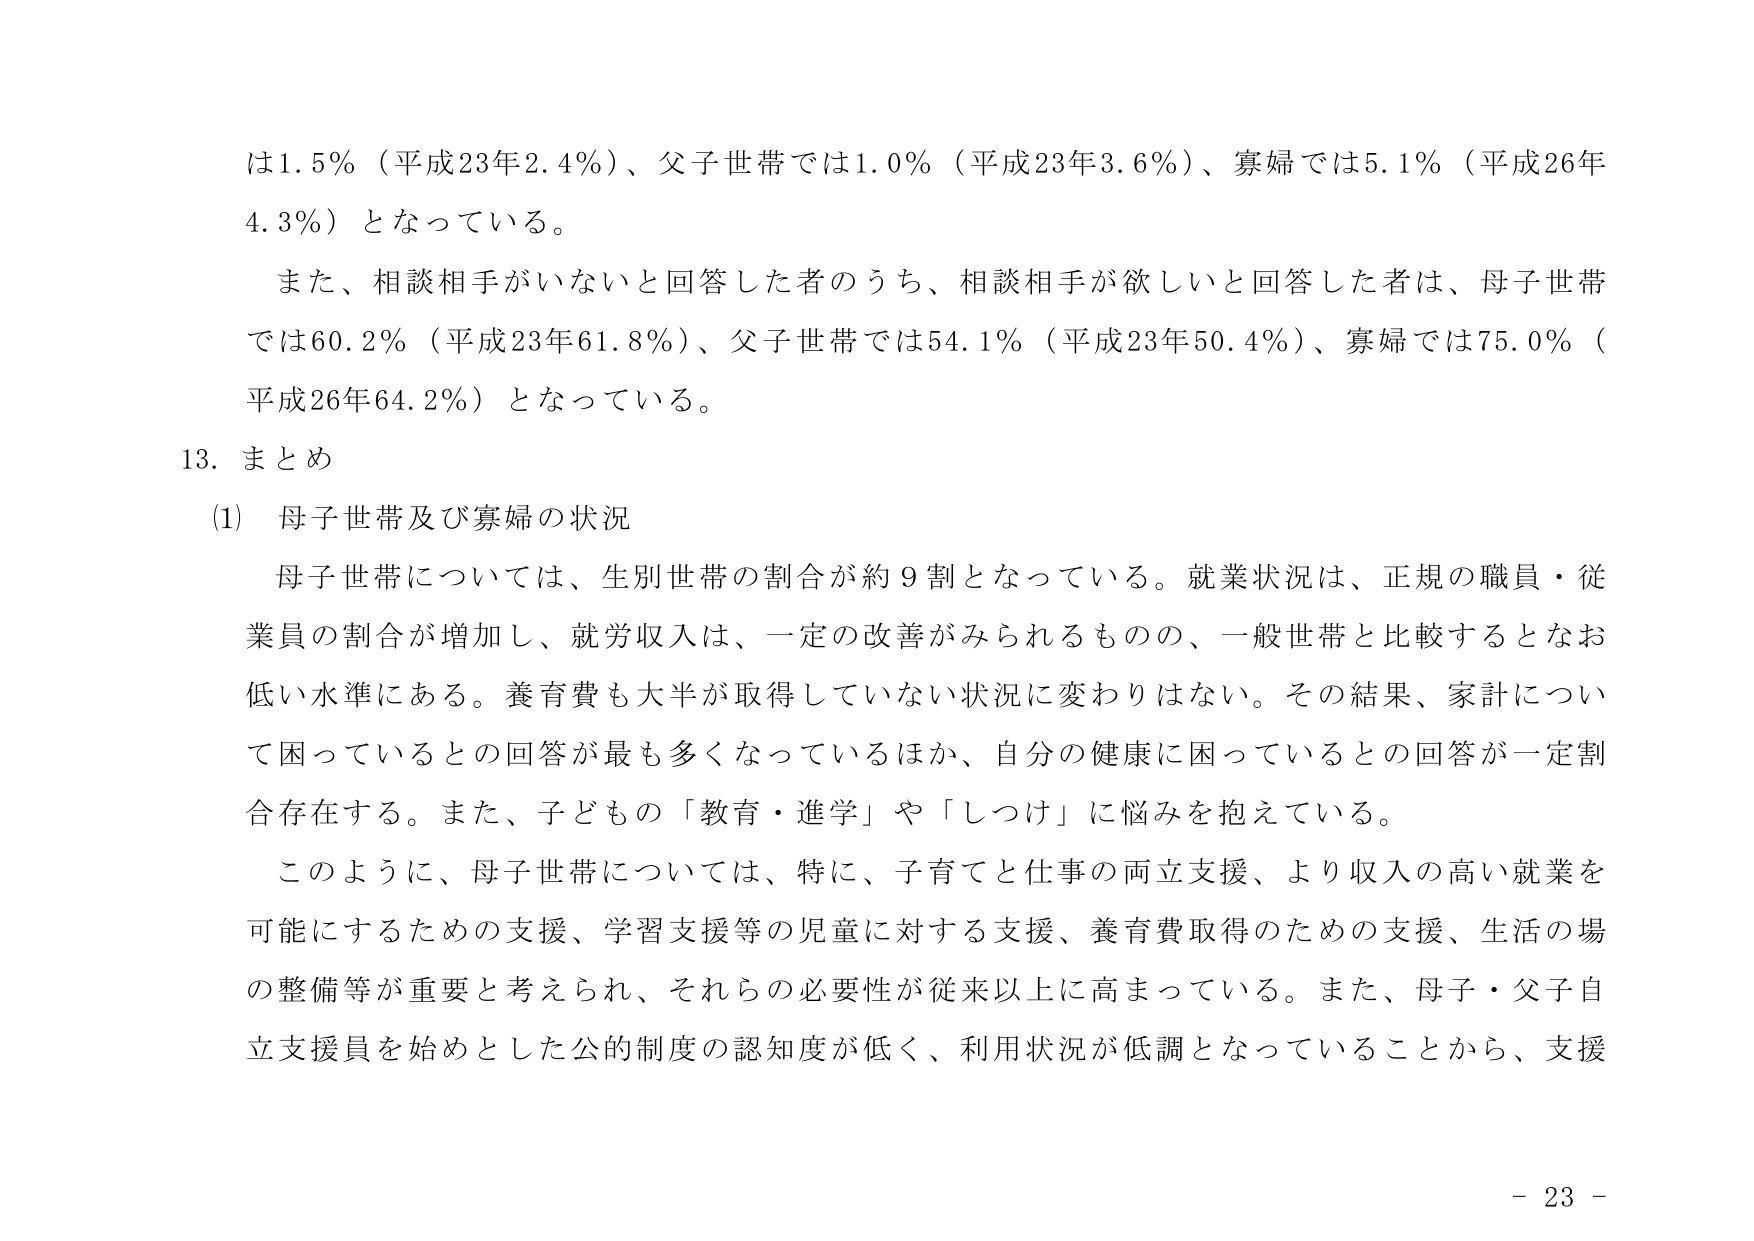
は1.5％（平成23年2.4％）、父子世帯では1.0％（平成23年3.6％）、寡婦では5.1％（平成26年4.3％）となっている。

また、相談相手がいないと回答した者のうち、相談相手が欲しいと回答した者は、母子世帯では60.2％（平成23年61.8％）、父子世帯では54.1％（平成23年50.4％）、寡婦では75.0％（平成26年64.2％）となっている。

13. まとめ

(1) 母子世帯及び寡婦の状況

母子世帯については、生別世帯の割合が約9割となっている。就業状況は、正規の職員・従業員の割合が増加し、就労収入は、一定の改善がみられるものの、一般世帯と比較するとなお低い水準にある。養育費も大半が取得していない状況に変わりはない。その結果、家計について困っているとの回答が最も多くなっているほか、自分の健康に困っているとの回答が一定割合存在する。また、子どもの「教育・進学」や「しつけ」に悩みを抱えている。

このように、母子世帯については、特に、子育てと仕事の両立支援、より収入の高い就業を可能にするための支援、学習支援等の児童に対する支援、養育費取得のための支援、生活の場の整備等が重要と考えられ、それらの必要性が従来以上に高まっている。また、母子・父子自立支援員を始めとした公的制度の認知度が低く、利用状況が低調となっていることから、支援

- 23 -